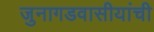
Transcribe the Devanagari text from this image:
जुनागडवासीयांची